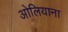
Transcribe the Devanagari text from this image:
ओलियाना